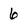
Character: 6